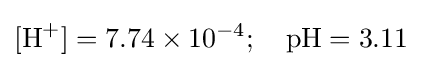
[{\mathrm {H} {\vphantom {A}}^{+}}]=7.74\times 10^{-4};\quad \mathrm {pH} =3.11